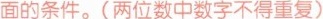
面的条件。(两位数中数字不得重复)